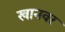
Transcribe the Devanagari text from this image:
खानवर